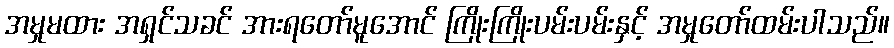
အမှုမထား အရှင်သခင် အားရတော်မူအောင် ကြိုးကြိုးပမ်းပမ်းနှင့် အမှုတော်ထမ်းပါသည်။